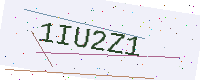
Text: 1IU2Z1